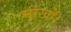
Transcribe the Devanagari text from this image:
मांखॉ।